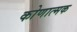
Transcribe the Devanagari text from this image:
कोणात्मक